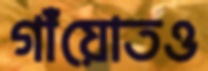
গাঁয়োতও